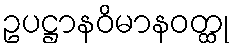
ဥပဋ္ဌာနဝိမာနဝတ္ထု